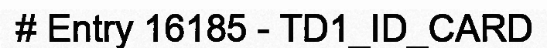
# Entry 16185 - TD1_ID_CARD